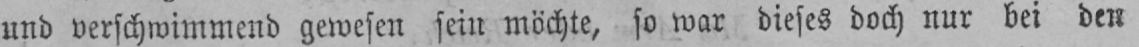
und verschwimmend gewesen sein möchte, so war dieses doch nur bei den